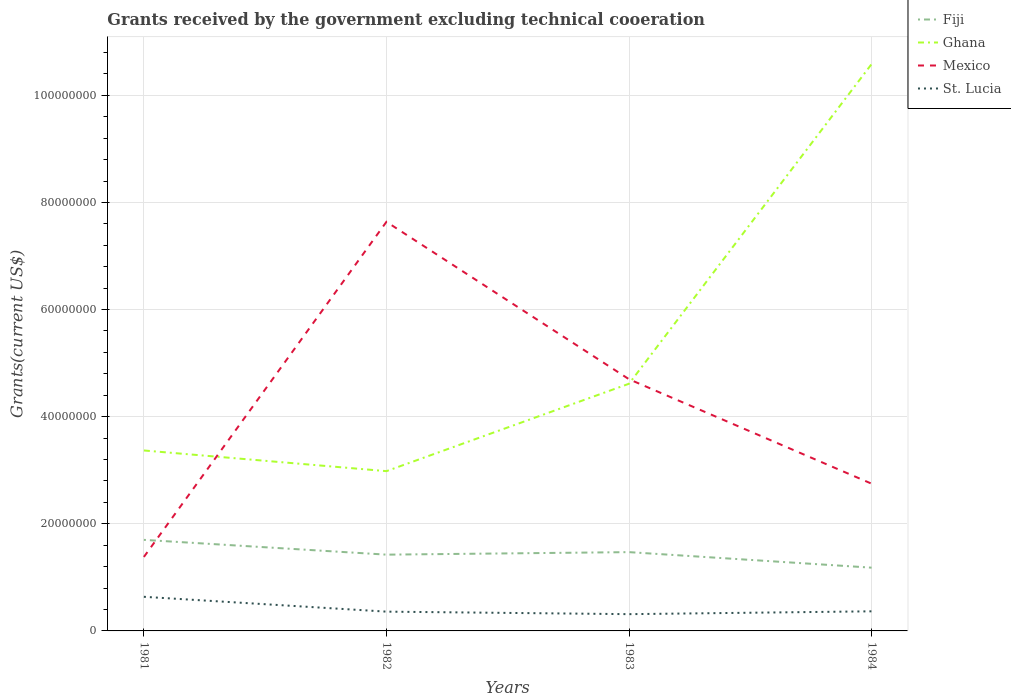
| Years | Fiji | Ghana | Mexico | St. Lucia |
 | --- | --- | --- | --- | --- |
 | 1981 | 1.7e+07 | 3.37e+07 | 1.38e+07 | 6.37e+06 |
 | 1982 | 1.42e+07 | 2.98e+07 | 7.64e+07 | 3.6e+06 |
 | 1983 | 1.47e+07 | 4.62e+07 | 4.7e+07 | 3.13e+06 |
 | 1984 | 1.18e+07 | 1.06e+08 | 2.75e+07 | 3.66e+06 |